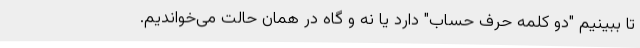
تا ببینیم "دو کلمه حرف حساب" دارد یا نه و گاه در همان حالت می‌خواندیم.